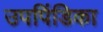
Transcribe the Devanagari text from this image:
उपपिंडिका